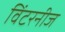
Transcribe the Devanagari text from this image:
विंटरनीज